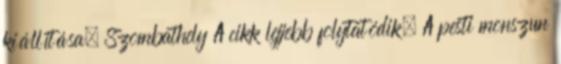
kiállítása, Szombathely A cikk lejjebb folytatódik. A pesti monszun